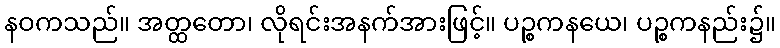
နဝကသည်။ အတ္ထတော၊ လိုရင်းအနက်အားဖြင့်။ ပဉ္စကနယေ၊ ပဉ္စကနည်း၌။